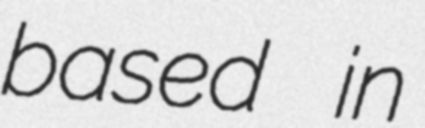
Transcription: based in